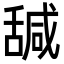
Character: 𦧩